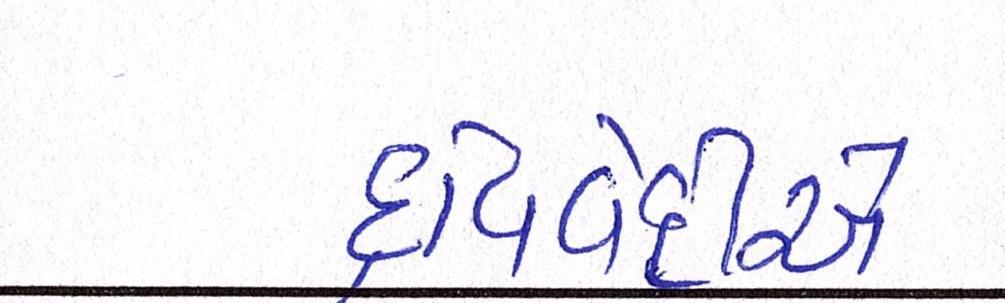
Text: દ્વિવેદીએ